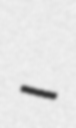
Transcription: –